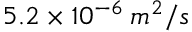
5 . 2 \times 1 0 ^ { - 6 } \: m ^ { 2 } / s